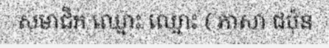
សមាជិក ឈ្មោះ ឈ្មោះ ( ភាសា ជប៉ុន